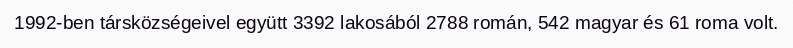
1992-ben társközségeivel együtt 3392 lakosából 2788 román, 542 magyar és 61 roma volt.